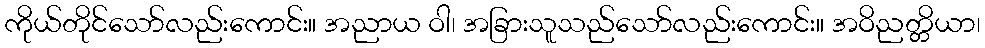
ကိုယ်တိုင်သော်လည်းကောင်း။ အညာယ ဝါ၊ အခြားသူသည်သော်လည်းကောင်း။ အဝိညတ္တိယာ၊